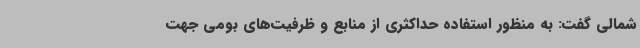
شمالی گفت: به منظور استفاده حداکثری از منابع و ظرفیت‌های بومی جهت